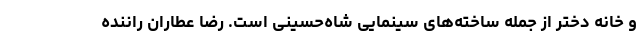
و خانه دختر از جمله ساخته‌های سینمایی شاه‌حسینی است. رضا عطاران راننده